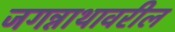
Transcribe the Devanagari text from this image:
जगन्नाथावरील